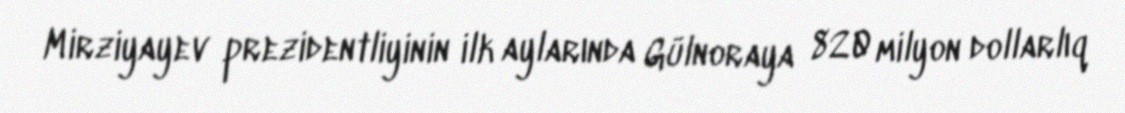
Mirziyayev prezidentliyinin ilk aylarında Gülnoraya 820 milyon dollarlıq